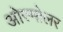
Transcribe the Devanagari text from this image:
ओस्मोलर